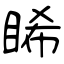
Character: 睎